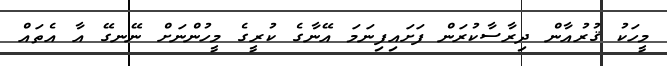
މީހަކު ޤުރުއާން ދިރާސާކުރަން ފަށައިފިނަމަ އޭނާގެ ކުރީގެ މީހުންނަށް ނޭނގޭ އާ އެތައް